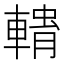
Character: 𮝢